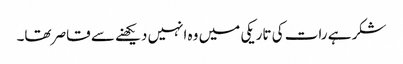
شکر ہے رات کی تاریکی میں وہ انہیں دیکھنے سے قاصر تھا۔